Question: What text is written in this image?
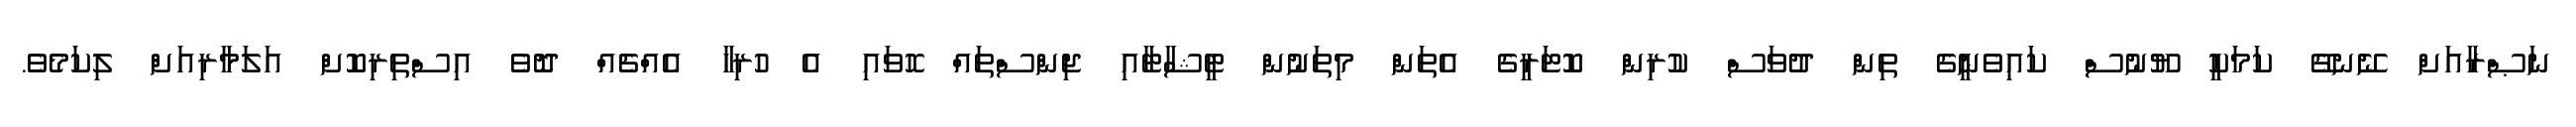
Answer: ނަޞްރާއަށް ނޭނގޭ ކަމަކީ ޔޫނުސް ކައިވެނީގެ ތިން ދުވަސް ކުރިން ކޮޓަރީގެ އެތަން މިތަނުން ޓީޝާޓާއި ޖިންސްތައް ހޮވައި އެ ހުރިހާ އެއްޗެއް ދޮވެ އިސްތިރިކޮށް އަލަމާރިއަށް ލިކަމެވެ.